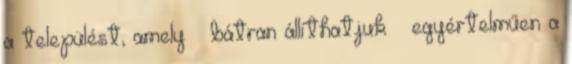
a települést, amely – bátran állíthatjuk – egyértelműen a